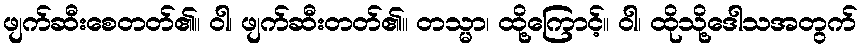
ဖျက်ဆီးစေတတ်၏။ ဝါ၊ ဖျက်ဆီးတတ်၏။ တသ္မာ၊ ထို့ကြောင့်။ ဝါ၊ ထိုသို့ဒေါသအတွက်